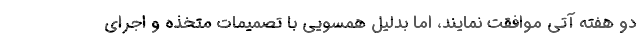
دو هفته آتی موافقت نمایند، اما بدلیل همسویی با تصمیمات متخذه و اجرای